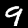
Label: 9